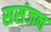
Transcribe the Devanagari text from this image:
ससंजन